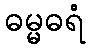
ဓမ္မဓရံ